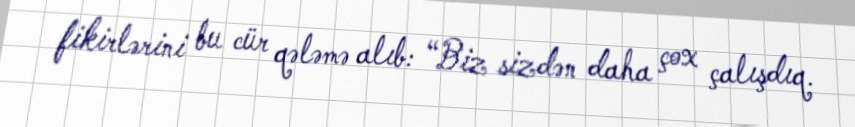
fikirlərini bu cür qələmə alıb: “Biz sizdən daha çox çalışdıq.